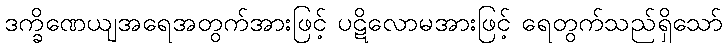
ဒက္ခိဏေယျအရေအတွက်အားဖြင့် ပဋိလောမအားဖြင့် ရေတွက်သည်ရှိသော်